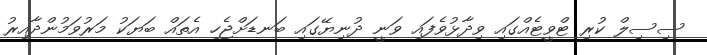
ސިސިލް ކުރި ޓްވީޓެއްގައި ވިދާޅުވެފައި ވަނީ ދުނިޔޭގައި ބަނޑަށްޖެހި އެތައް ބަޔަކު މަރުވަމުންދާއިރު